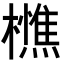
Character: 𭬦